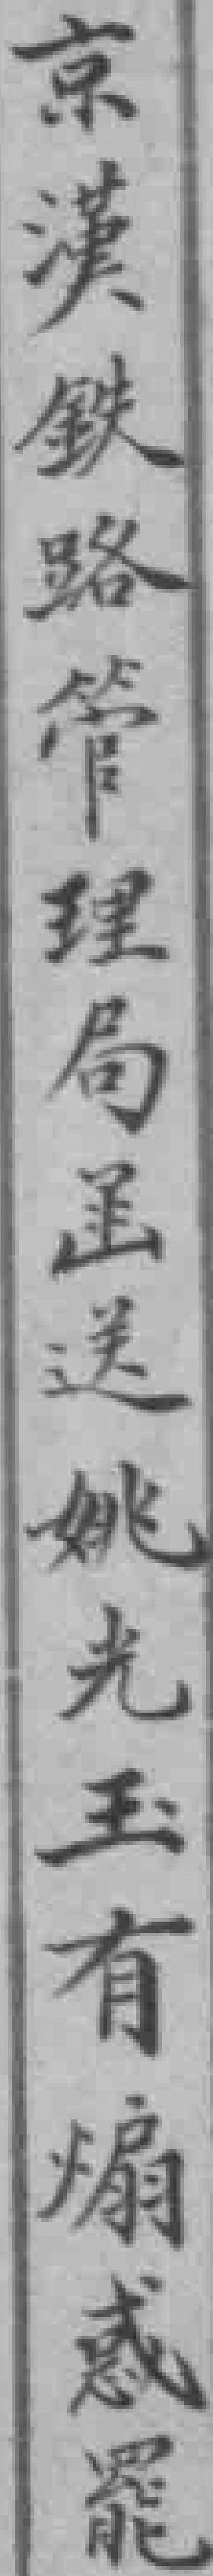
京漢鉄路管理局函送姚光玉有煽惑罷